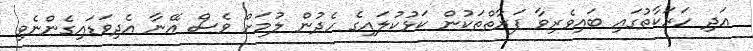
އަދި ހަރަކާތުގައި ބައިވެރިވާ ފަރާތްތަކުން ކަޅުކުލައިގެ ހެދުން ލުމަށް ވެސް އޭނާ އެދިވަޑައިގެންނެވި